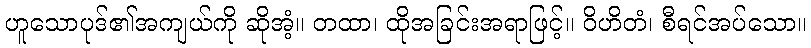
ဟူသောပုဒ်၏အကျယ်ကို ဆိုအံ့။ တထာ၊ ထိုအခြင်းအရာဖြင့်။ ဝိဟိတံ၊ စီရင်အပ်သော။